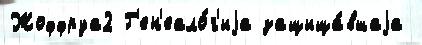
Жоффруа2 Г'ен'еало́г'иjа защища́вшаjа